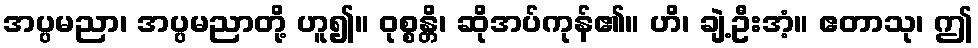
အပ္ပမညာ၊ အပ္ပမညာတို့ ဟူ၍။ ဝုစ္စန္တိ၊ ဆိုအပ်ကုန်၏။ ဟိ၊ ချဲ့ဦးအံ့။ ဧတာသု၊ ဤ